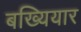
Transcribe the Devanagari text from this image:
बख्यियार